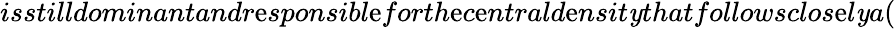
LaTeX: {}isstilldominantandr\mathrm{e}sponsibl\mathrm{e}forth\mathrm{e}c\mathrm{e}ntrald\mathrm{e}nsit\mathit{y}thatfollowsclos\mathrm{e}l\mathit{y}a(